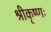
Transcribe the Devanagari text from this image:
श्रीकृष्णः